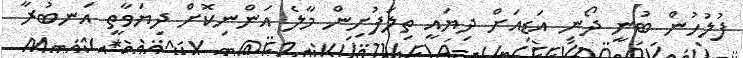
ފުލުހުން ބުނީ ދޯނި އަޑިއަށް ދިޔައީ ތިލަފުށިން މާލެ އަންނިކޮށް ދިޔަވާތީ އަނބުރާ